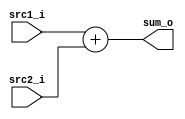
module Adder( src1_i, src2_i, sum_o	);

    //I/O ports
    input	[32-1:0] src1_i;
    input	[32-1:0] src2_i;
    output	[32-1:0] sum_o;
    
    //Internal Signals
    wire	[32-1:0] sum_o;
        
    //Main function
    /*your code here*/
    assign sum_o = src1_i + src2_i;

endmodule